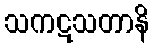
သကဋသတာနိ